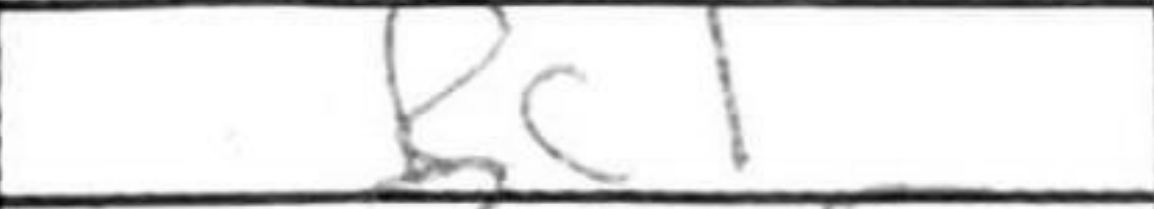
Transcription: Bc1